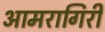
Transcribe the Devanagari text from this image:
आमरागिरी